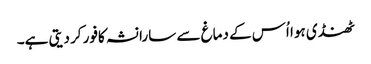
ٹھنڈی ہوا اُس کے دماغ سے سارا نشہ کافور کر دیتی ہے۔